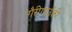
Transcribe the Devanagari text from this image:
गैरीगाउँकी